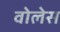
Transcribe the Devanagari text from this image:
वोलेस